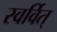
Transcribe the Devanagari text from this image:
स्वर्वित्